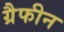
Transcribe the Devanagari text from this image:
ग्रैफीन